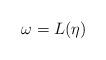
LaTeX: \begin{align*}\omega = L(\eta) \end{align*}